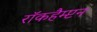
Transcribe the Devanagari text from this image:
रॉकहैम्प्टन